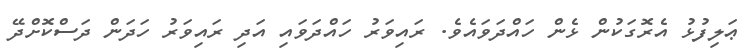
ޢަލިފުޅު އެރޮގަކުން ޅެން ހައްދަވައެވެ. ރައިވަރު ހައްދަވައި އަދި ރައިވަރު ހަދަން ދަސްކޮށްދޭ